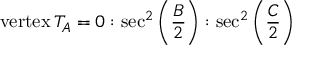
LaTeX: { \mathrm { v e r t e x } } \, T _ { A } = 0 : \sec ^ { 2 } \left( { \frac { B } { 2 } } \right) : \sec ^ { 2 } \left( { \frac { C } { 2 } } \right)